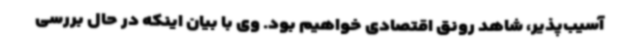
آسیب‌پذیر، شاهد رونق اقتصادی خواهیم بود. وی با بیان اینکه در حال بررسی